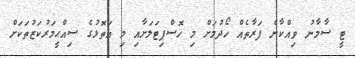
ޓީ ސާމާނު ވިއްކާނެ ފަރާތެއް ހޯދުމަށް މި ހޮސްޕިޓަލަށާއި މި އަތޮޅުގެ ސިއްޙީމަރުކަޒުތަކަށް